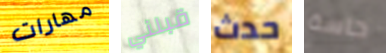
مهارات قبلني حدث حاسة